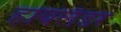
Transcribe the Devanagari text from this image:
हायलँडर